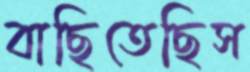
বাছিতেছিস